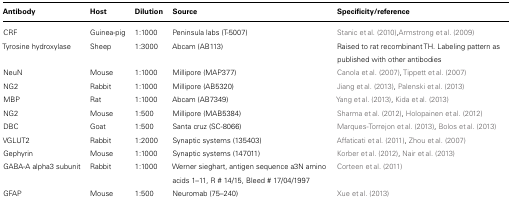
<table><thead><tr><td><b>Antibody</b></td><td><b>Host</b></td><td><b>Dilution</b></td><td><b>Source</b></td><td><b>Specificity/reference</b></td></tr></thead><tbody><tr><td>CRF</td><td>Guinea-pig</td><td>1:1000</td><td>Peninsula labs (T-5007)</td><td>Stanic et al. (2010), Armstrong et al. (2009)</td></tr><tr><td>Tyrosine hydroxylase</td><td>Sheep</td><td>1:3000</td><td>Abcam (AB113)</td><td>Raised to rat recombinant TH. Labeling pattern as published with other antibodies</td></tr><tr><td>NeuN</td><td>Mouse</td><td>1:1000</td><td>Millipore (MAP377)</td><td>Canola et al. (2007), Tippett et al. (2007)</td></tr><tr><td>NG2</td><td>Rabbit</td><td>1:1000</td><td>Millipore (AB5320)</td><td>Jiang et al. (2013), Palenski et al. (2013)</td></tr><tr><td>MBP</td><td>Rat</td><td>1:1000</td><td>Abcam (AB7349)</td><td>Yang et al. (2013), Kida et al. (2013)</td></tr><tr><td>NG2</td><td>Mouse</td><td>1:500</td><td>Millipore (MAB5384)</td><td>Sharma et al. (2012), Holopainen et al. (2012)</td></tr><tr><td>DBC</td><td>Goat</td><td>1:500</td><td>Santa cruz (SC-8066)</td><td>Marques-Torrejon et al. (2013), Bolos et al. (2013)</td></tr><tr><td>VGLUT2</td><td>Rabbit</td><td>1:2000</td><td>Synaptic systems (135403)</td><td>Affaticati et al. (2011), Zhou et al. (2007)</td></tr><tr><td>Gephyrin</td><td>Mouse</td><td>1:1000</td><td>Synaptic systems (147011)</td><td>Korber et al. (2012), Nair et al. (2013)</td></tr><tr><td>GABA-A alpha3 subunit</td><td>Rabbit</td><td>1:1000</td><td>Werner sieghart, antigen sequence a3N amino acids 1–11, R # 14/15, Bleed # 17/04/1997</td><td>Corteen et al. (2011)</td></tr><tr><td>GFAP</td><td>Mouse</td><td>1:500</td><td>Neuromab (75–240)</td><td>Xue et al. (2013)</td></tr></tbody></table>